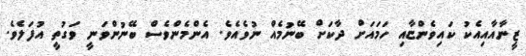
ޒީނާއާއިއެކު ކައިވެންޏާއި ހަމައަށް ދާކަށް ބޭނުމެއް ނުވެއެވެ. އެންމެންވެސް ބޭނުންވަނީ ވަގުތީ އުފަލެވެ.